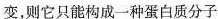
变，则它只能构成一种蛋白质分子